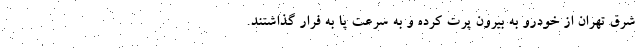
شرق تهران از خودرو به بیرون پرت کرده و به سرعت پا به فرار گذاشتند.